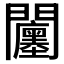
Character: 𨷭